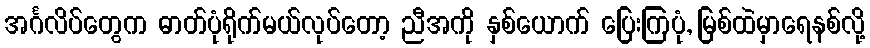
အင်္ဂလိပ်တွေက ဓာတ်ပုံရိုက်မယ်လုပ်တော့ ညီအကို နှစ်ယောက် ပြေးကြပုံ, မြစ်ထဲမှာရေနစ်လို့